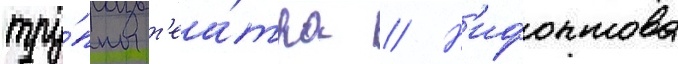
тру́ппы т'еа́тра // Н'ифонтова